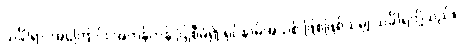
သင်္ခါရာ၊ အကြောင်း အတန်တန် ပြုစီမံ၍ ရုပ်နာမ်အသစ် ဖြစ်ဖြစ်သမျှ သင်္ခါရတို့သည်။